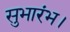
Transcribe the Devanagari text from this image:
सुभारंभ।